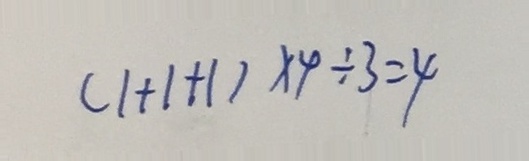
( 1 + 1 + 1 ) \times 4 \div 3 = 4